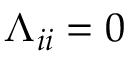
\Lambda _ { i i } = 0